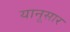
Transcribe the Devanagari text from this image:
यानूसार